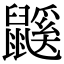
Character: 鼷